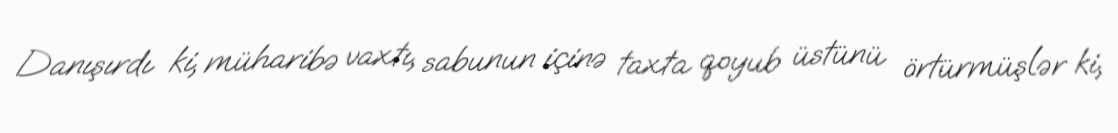
Danışırdı ki, müharibə vaxtı, sabunun içinə taxta qoyub üstünü örtürmüşlər ki,